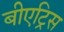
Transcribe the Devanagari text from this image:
बीएट्रिस